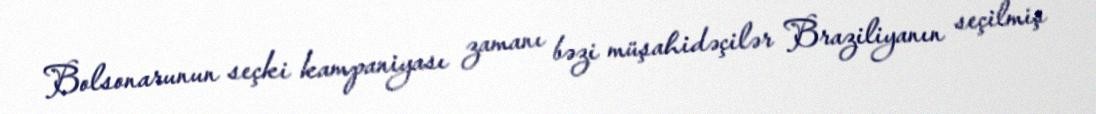
Bolsonarunun seçki kampaniyası zamanı bəzi müşahidəçilər Braziliyanın seçilmiş